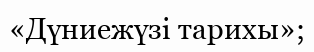
«Дүниежүзі тарихы»;